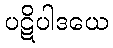
ပဋိပါဒယေ